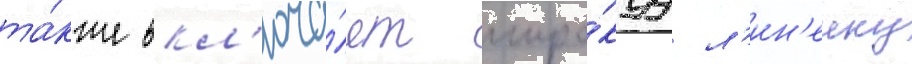
та́кже вкл'юча́ет широ́куу л'ин'еику